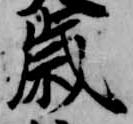
歳